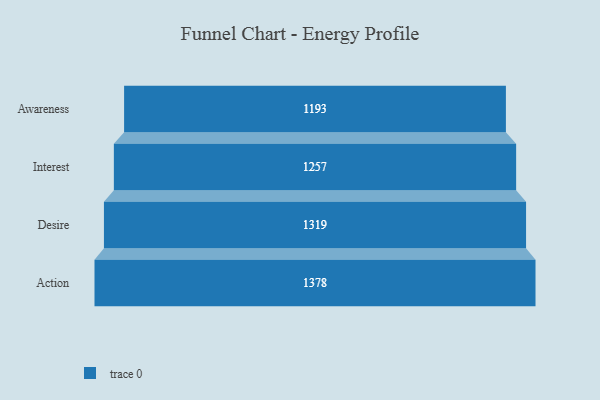
{"axis": {"x": "Stage", "y": "Value"}, "legend": [""], "data": [{"x": "Awareness", "y": 1193.0, "type": ""}, {"x": "Interest", "y": 1257.0, "type": ""}, {"x": "Desire", "y": 1319.0, "type": ""}, {"x": "Action", "y": 1378.0, "type": ""}]}